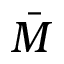
\bar { M }